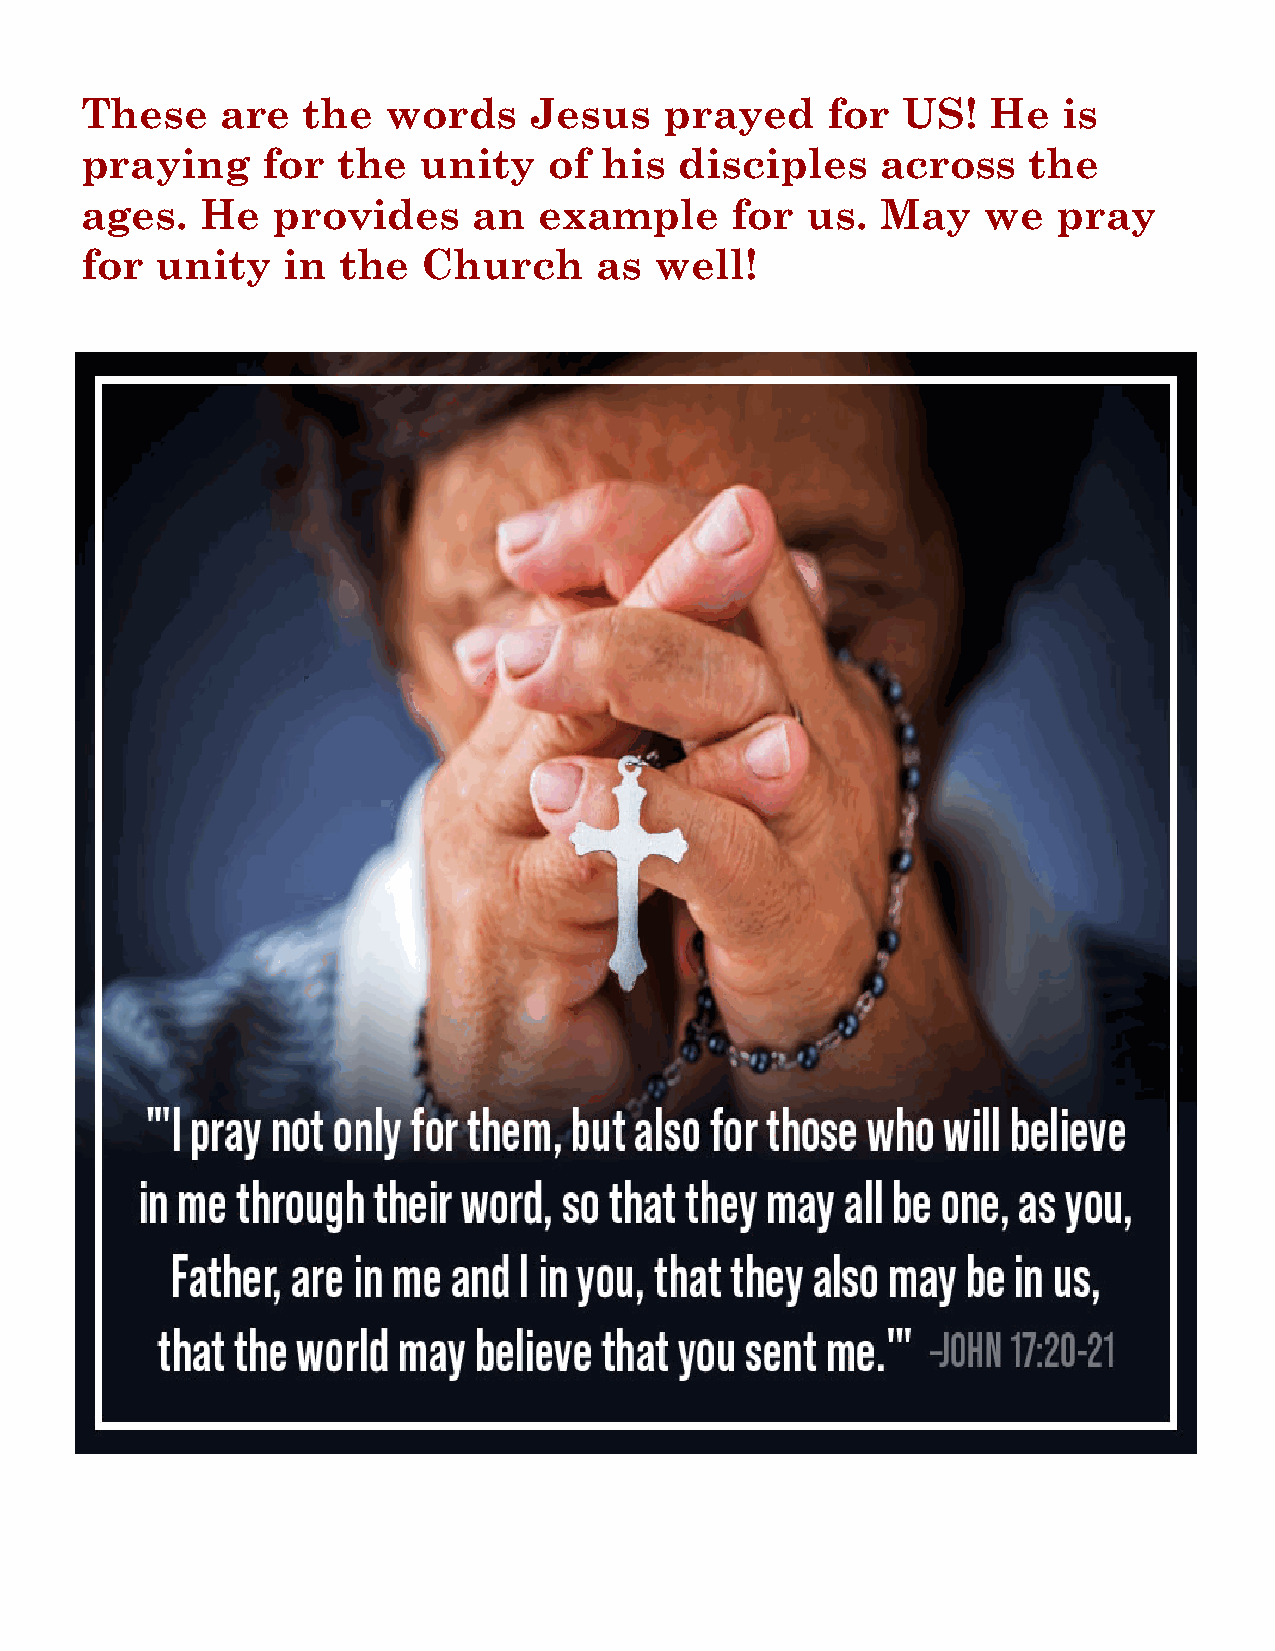
These     are  the   words    Jesus    prayed     for  US!   He  is
 praying     for  the   unity   of  his  disciples    across    the
 ages.   He   provides     an   example     for  us.  May    we   pray
 for  unity    in  the  Church      as well!